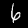
Label: 6